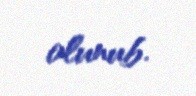
olunub.